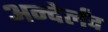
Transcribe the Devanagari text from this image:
अन्देर्लंद